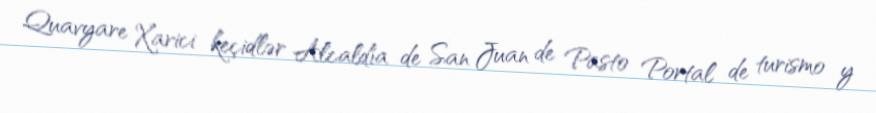
Quavyare Xarici keçidlər Alcaldía de San Juan de Pasto Portal de turismo y